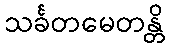
သင်္ခတမေတန္တိ